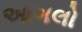
આગલો